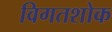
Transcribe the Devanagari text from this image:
विगतशोक